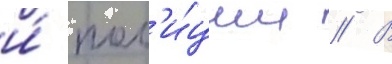
и́ пол'и́ции // В